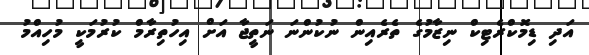
އަދި ޑިމޮކްރެޓިކް ނިޒާމުގެ ތެރެއިން ނުކުންނަ ނަތީޖާ އަށް އިހުތިރާމް ކުރުމަކީ މުހިއްމު